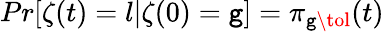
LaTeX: Pr[\zeta(t)=l|\zeta(0)=\mathtt{g}]=\pi_{\mathtt{g}\tol}(t)